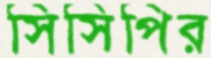
সিসিপির